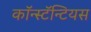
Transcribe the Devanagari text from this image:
कॉन्स्टॅन्टियस